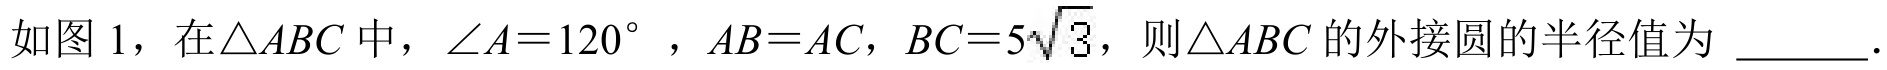
如图 1，在$\triangle ABC$中，$\angle A = 120^{\circ}$ ，$AB = AC$，$BC = 5\sqrt{3}$，则$\triangle ABC$的外接圆的半径值为 \_\_\_\_\_．